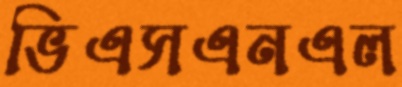
ভিএসএনএল